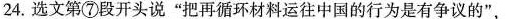
24.选文第⑦段开头说”把再循环材料运往中国的行为是有争议的”，